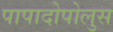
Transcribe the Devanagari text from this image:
पापादोपोलुस